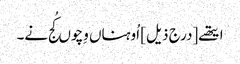
ایتھے [درج ذیل] اُوہناں وِچوں کُج نے۔